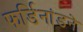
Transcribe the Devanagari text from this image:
फर्डिनांडने